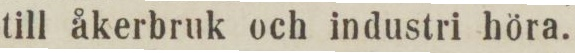
till åkerbruk och industri höra.